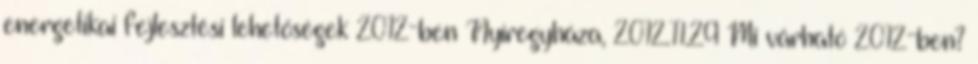
energetikai fejlesztési lehetőségek 2012-ben Nyíregyháza, 2012.11.29 Mi várható 2012-ben?